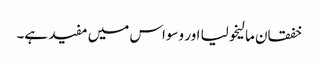
خفقان مالیخولیا اور وسواس میں مفید ہے۔